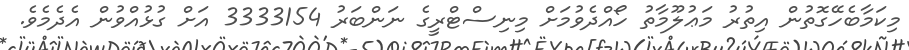
މިކަމާބެހޭގޮތުން އިތުރު މަޢުލޫމާތު ހޯއްދެވުމަށް މިނިސްޓްރީގެ ނަންބަރު 3333154 އަށް ގުޅުއްވުން އެދެމެވެ.